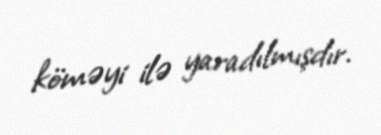
köməyi ilə yaradılmışdır.